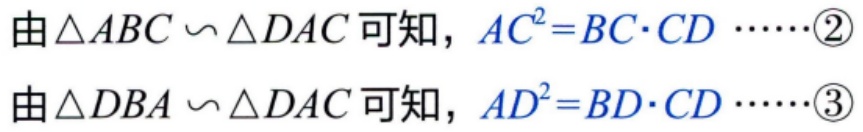
由$\triangle ABC \backsim \triangle DAC$可知，$AC^{2}=BC\cdot CD$……\textcircled{2}
由$\triangle DBA \backsim \triangle DAC$可知，$AD^{2}=BD\cdot CD$……\textcircled{3}